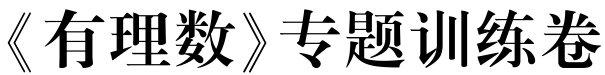
《有理数》专题训练卷